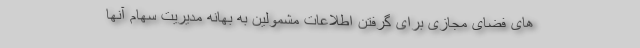
های فضای مجازی برای گرفتن اطلاعات مشمولین به بهانه مدیریت سهام آنها